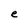
Character: e